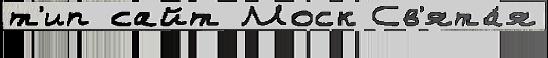
т'ип сайт Моск Св'ята́я